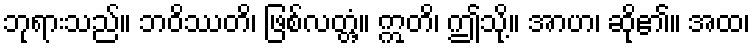
ဘုရားသည်။ ဘဝိဿတိ၊ ဖြစ်လတ္တံ့။ ဣတိ၊ ဤသို့။ အာဟ၊ ဆို၏။ အထ၊